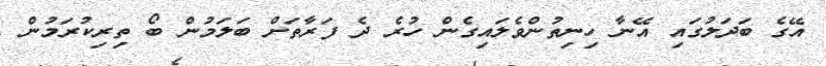
އޭގެ ބަދަލުގައި އޭނާ ހިނިތުންވެލައިގެން ހުރެ ދެ ފަރާތަށް ބަލަމުން ބޯ ތިރިކުރަމުން